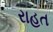
રાહત